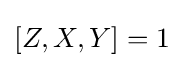
[Z,X,Y]=1